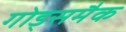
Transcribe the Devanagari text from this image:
गोड्समैक